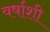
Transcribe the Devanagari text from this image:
वर्षाशी